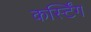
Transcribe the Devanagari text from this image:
कर्स्टिंग